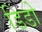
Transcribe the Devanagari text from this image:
डिडो